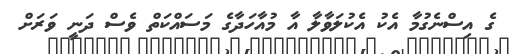
ގެ އިސްނެގުމާ އެކު އެކުލަވާލާ އާ މުއާހަދާގެ މަސައްކަތް ވެސް ދަނީ ވަރަށް